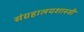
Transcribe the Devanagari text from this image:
संग्रहालयशास्त्री